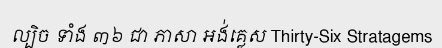
ល្បិច ទាំង ៣៦ ជា ភាសា អង់គ្លេស Thirty-Six Stratagems